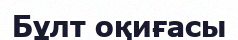
Бұлт оқиғасы